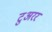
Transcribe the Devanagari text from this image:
टुअरर